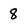
Character: 8